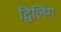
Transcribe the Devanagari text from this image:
द्विलिंग